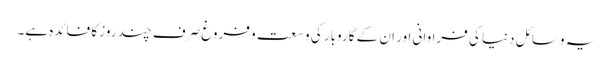
یہ وسائل دنیا کی فراوانی اور ان کے کاروبار کی وسعت و فروغ صرف چند روز کا فائدہ ہے۔